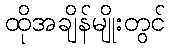
ထိုအချိန်မျိုးတွင်